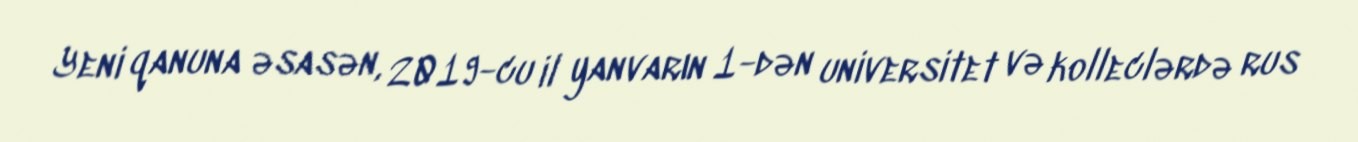
Yeni qanuna əsasən, 2019-cu il yanvarın 1-dən universitet və kolleclərdə rus